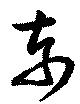
東